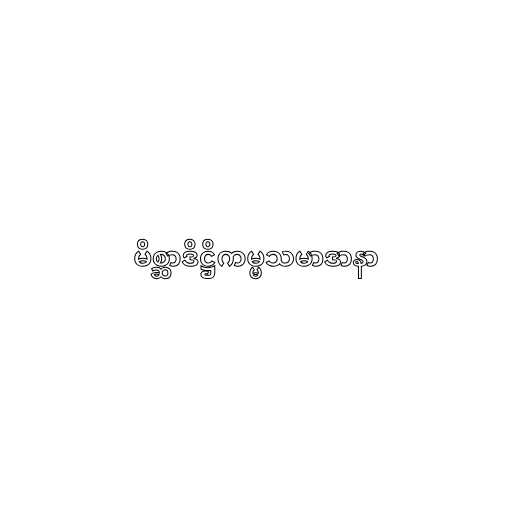
မိစ္ဆာဒိဋ္ဌိကမ္မသမာဒာနာ